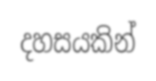
දහසයකින්